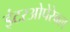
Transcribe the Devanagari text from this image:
इंटरओपेरेबल